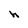
Character: h